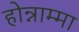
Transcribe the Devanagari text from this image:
होन्नाम्मा